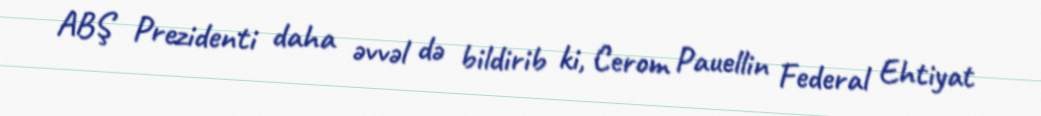
ABŞ Prezidenti daha əvvəl də bildirib ki, Cerom Pauellin Federal Ehtiyat